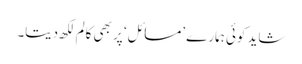
شاید کوئی ہمارے ’مسائل‘ پر بھی کالم لکھ دیتا۔